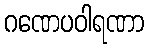
ဂဏေပဝါရဏာ